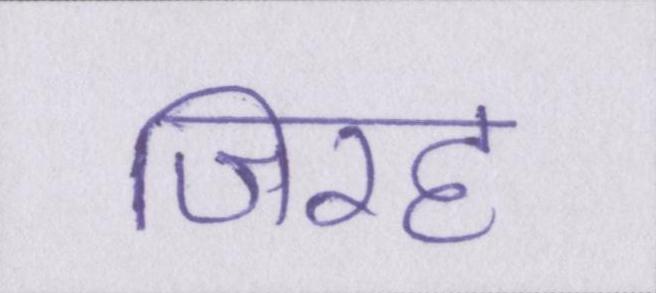
जिरह